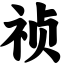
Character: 祯